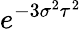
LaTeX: e^{-3\sigma^{2}\tau^{2}}